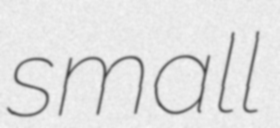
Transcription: small